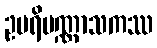
ဥပရိပဏ္ဏာသကဿ